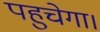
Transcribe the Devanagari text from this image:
पहुचेगा।